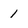
Character: 1